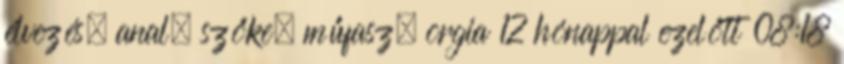
élvezés, anal, szőke, műfasz, orgia 12 hónappal ezelőtt 08:18